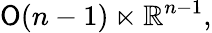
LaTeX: {\mathsf{O}}(n-1)\ltimes\mathbb{R}^{n-1},